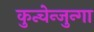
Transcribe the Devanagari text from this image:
कुन्चेन्जुन्गा